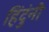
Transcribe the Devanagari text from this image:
हिंदुंनी